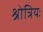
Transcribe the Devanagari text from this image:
श्रोत्रियः